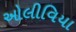
ઓલીવિયા